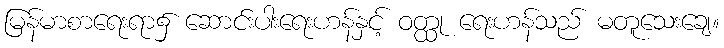
မြန်မာစာရေးရာ၌ ဆောင်းပါးရေးဟန်နှင့် ဝတ္ထု ရေးဟန်သည် မတူသေးချေ။